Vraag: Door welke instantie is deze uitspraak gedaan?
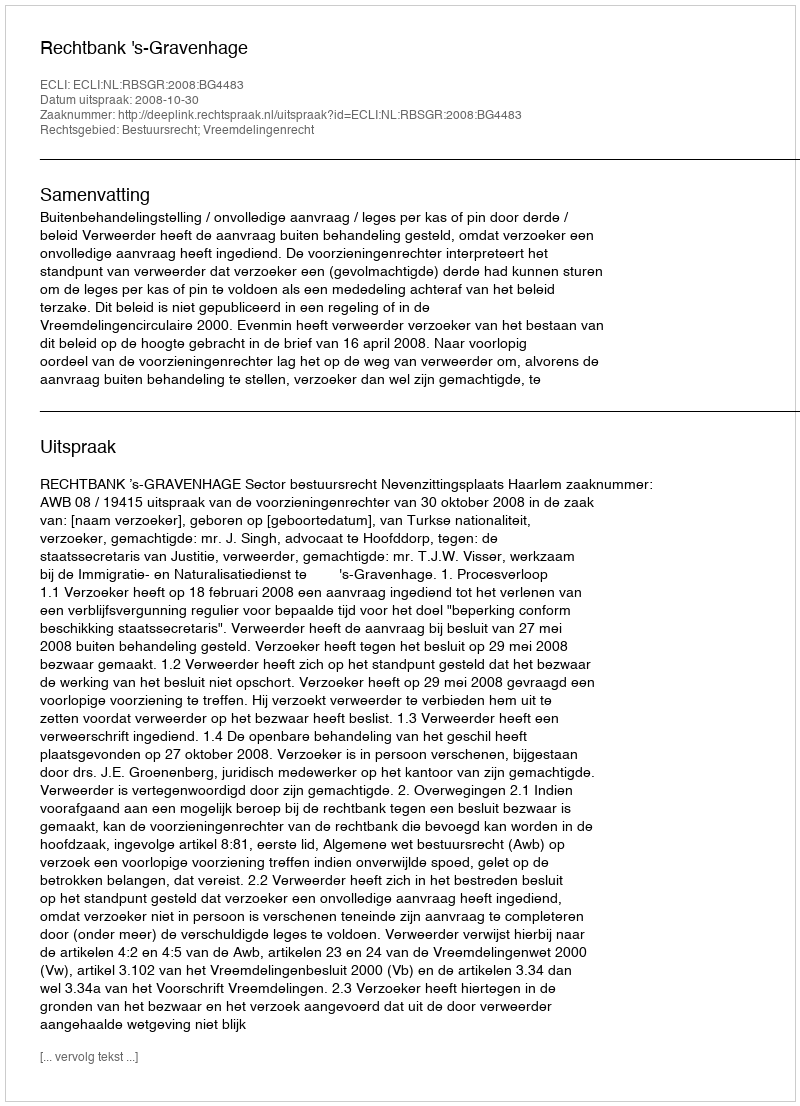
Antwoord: Rechtbank 's-Gravenhage